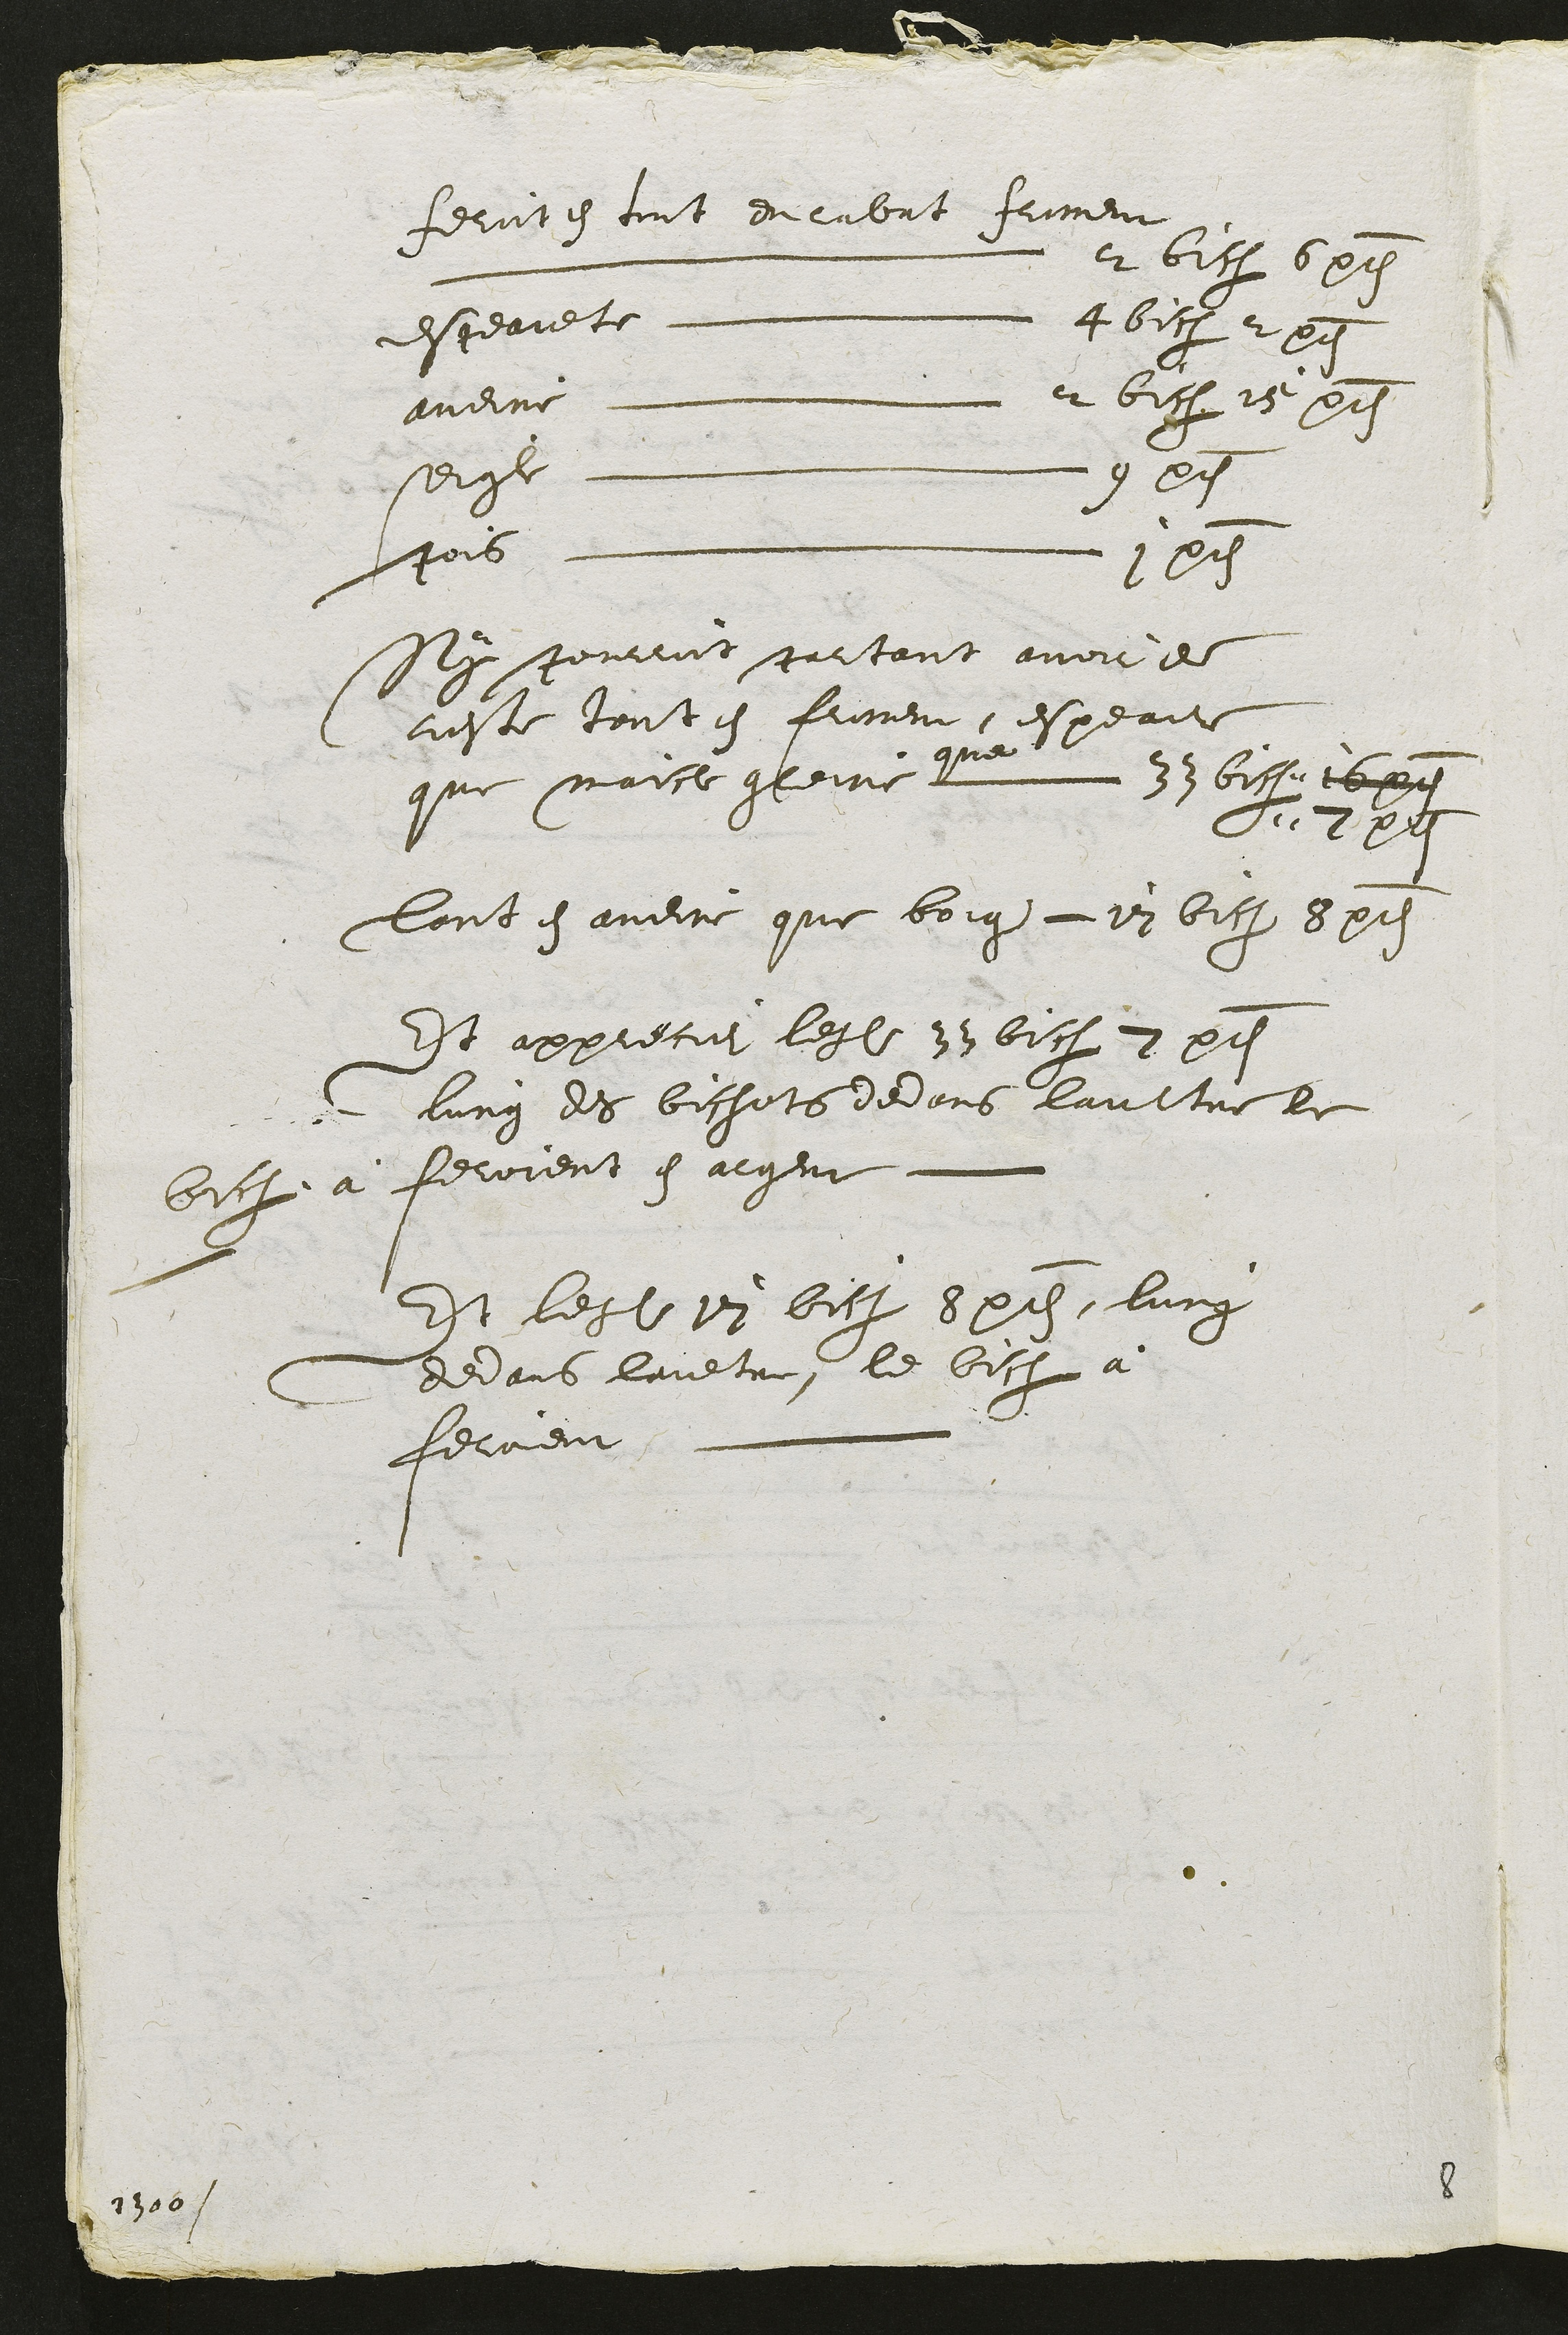
Reautes tout dulabat fineur
L ?n ueu A bitt beth
desgceaiete  Aabit 209
audire L a bitz 15 p2
seiche L 9 O9
fois L rnnu e
Nly scemm sustant avoi e
beste touteh feimer espeaite
que maict gheire Ne de bisvebpyt
N211
lont chaudire que boig en bitz b pit
Et appiecue legl Sabath 2 pd
lurg des bichets ded ans lanttre le
biche a Relvient g algere
Est leul di bitz bac lung
dedans leuetai le biha a
Rerveu

1106

5